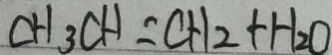
C H _ { 3 } C H = C H _ { 2 } + H _ { 2 } O